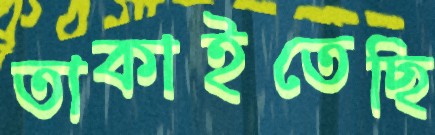
তাকাইতেছি